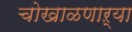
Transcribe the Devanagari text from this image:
चोखाळणाऱ्या